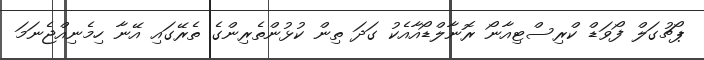
ޕޯޗުގަލް ފޯވަޑް ކްރިސްޓިއާނޯ ރޮނާލްޑޯއާއެކު ގަދަ ތިން ކުޅުންތެރިންގެ ތެރޭގައި އޭނާ ހިމެނިއްޖެނަމަ